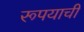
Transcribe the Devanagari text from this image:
रूपयाची